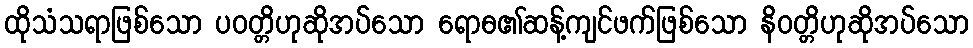
ထိုသံသရာဖြစ်သော ပဝတ္တိဟုဆိုအပ်သော ရောဓ၏ဆန့်ကျင်ဖက်ဖြစ်သော နိဝတ္တိဟုဆိုအပ်သော